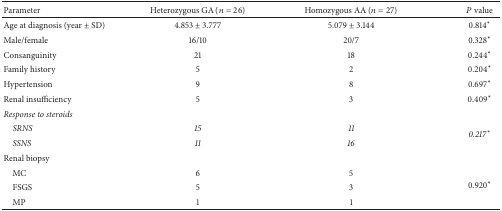
| Parameter | Heterozygous GA (n = 26) | Homozygous AA (n = 27) | P value |
 | --- | --- | --- | --- |
 | Age at diagnosis (year ± SD) | 4.853 ± 3.777 | 5.079 ± 3.144 | 0.814∗ |
 | Male/female | 16/10 | 20/7 | 0.328∗ |
 | Consanguinity | 21 | 18 | 0.244∗ |
 | Family history | 5 | 2 | 0.204∗ |
 | Hypertension | 9 | 8 | 0.697∗ |
 | Renal insufficiency | 5 | 3 | 0.409∗ |
 | Response to steroids |  |  |  |
 | SRNS | 15 | 11 | <ROWSPAN=2> 0.217∗ |
 | SSNS | 11 | 16 |
 | Renal biopsy |  |  |  |
 | MC | 6 | 5 | <ROWSPAN=3> 0.920∗ |
 | FSGS | 5 | 3 |
 | MP | 1 | 1 |